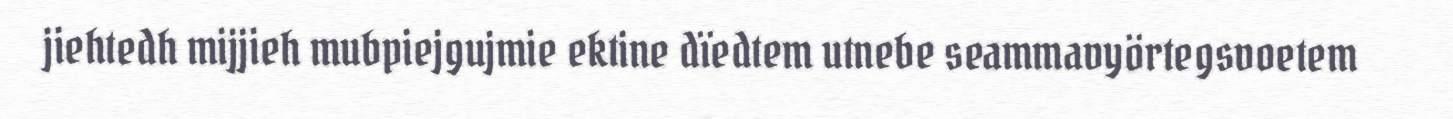
jiehtedh mijjieh mubpiejgujmie ektine dïedtem utnebe seammavyörtegsvoetem